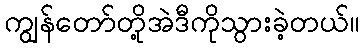
ကျွန်တော်တို့အဲဒီကိုသွားခဲ့တယ်။